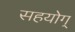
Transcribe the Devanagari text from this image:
सहयोग्